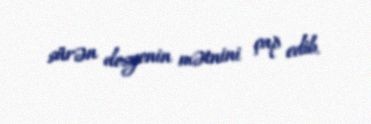
sürən dosyenin mətnini çap edib.